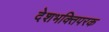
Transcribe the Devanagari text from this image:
देशभक्तिपरक